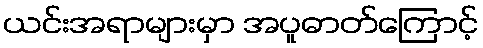
ယင်းအရာများမှာ အပူဓာတ်ကြောင့်